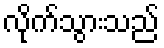
လိုက်သွားသည်